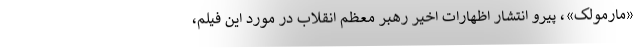
«مارمولک»، پیرو انتشار اظهارات اخیر رهبر معظم انقلاب در مورد این فیلم،